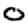
Digit: 0